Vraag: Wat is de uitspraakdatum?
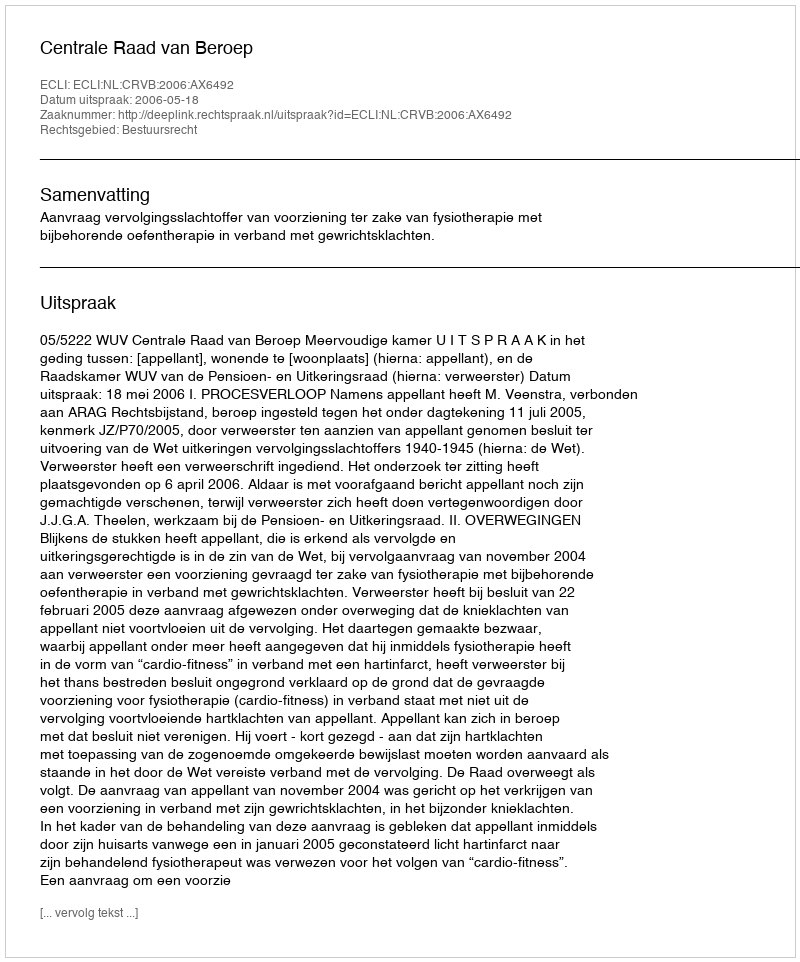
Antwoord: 2006-05-18